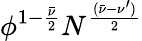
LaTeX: \phi^{1-\frac{\bar{\nu}}{2}}N^{\frac{(\bar{\nu}-\nu^{\prime})}{2}}